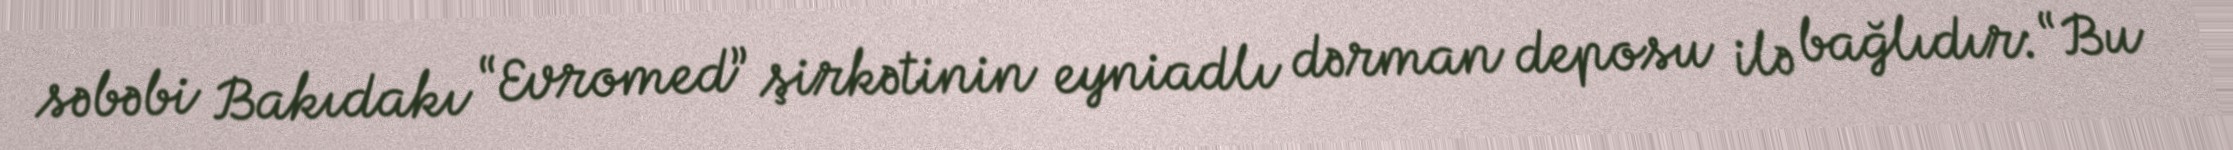
səbəbi Bakıdakı “Evromed” şirkətinin eyniadlı dərman deposu ilə bağlıdır: “Bu